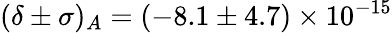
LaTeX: (\delta\pm\sigma)_{A}=(-8.1\pm 4.7)\times 10^{-15}